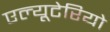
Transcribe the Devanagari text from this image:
एल्यूटेरियो